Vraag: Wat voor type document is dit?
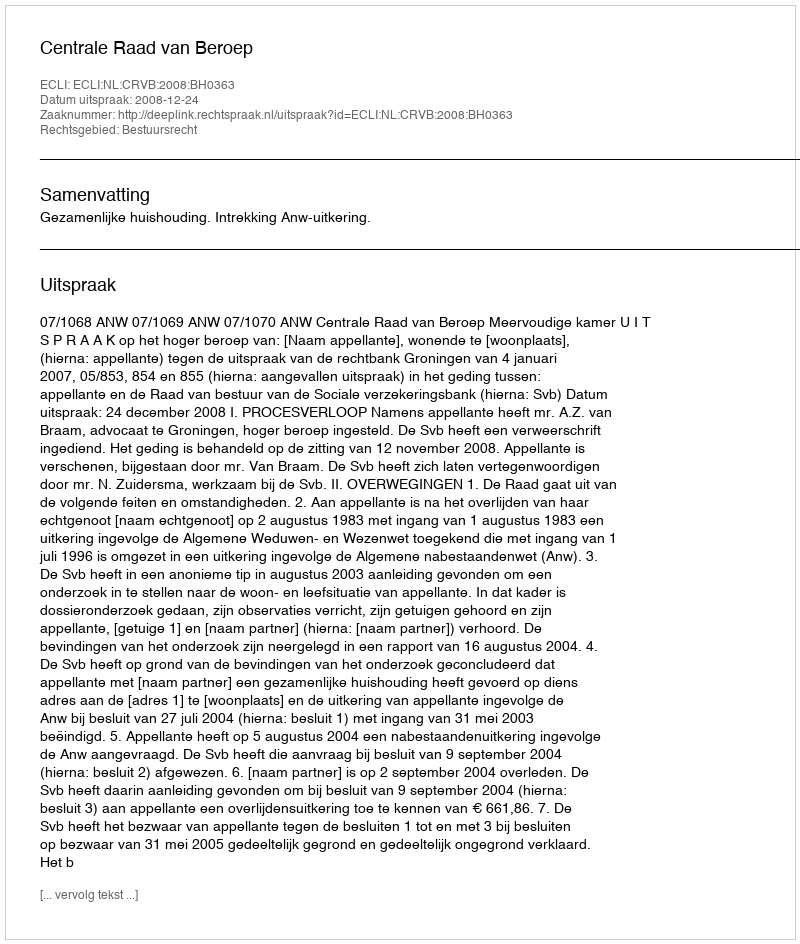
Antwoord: Uitspraak